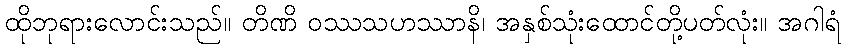
ထိုဘုရားလောင်းသည်။ တိဏိ ဝဿသဟဿာနိ၊ အနှစ်သုံးထောင်တို့ပတ်လုံး။ အဂါရံ